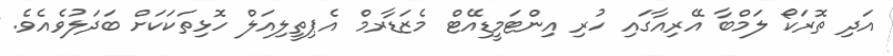
އަދި ތޮރަކޯ ލަމްބާ އޭރިއާގައި ހުރި އިންޓަމީޑިއޭޓް މެޒަޑާރމް އެޕިތީލިއަލް ހޮޅިތަކަކަށް ބަދަލުވެއެވެ.